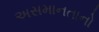
અસમાનતાનો